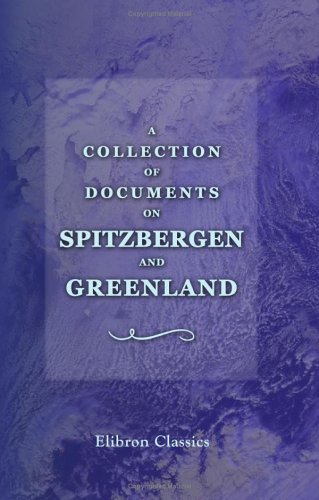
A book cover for A Collection of Documents on Spitzbergen and Greenland: Comprising a translation from F. Marten's voyage to Spitzbergen; not known; History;